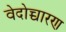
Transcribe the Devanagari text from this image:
वेदोच्चारण